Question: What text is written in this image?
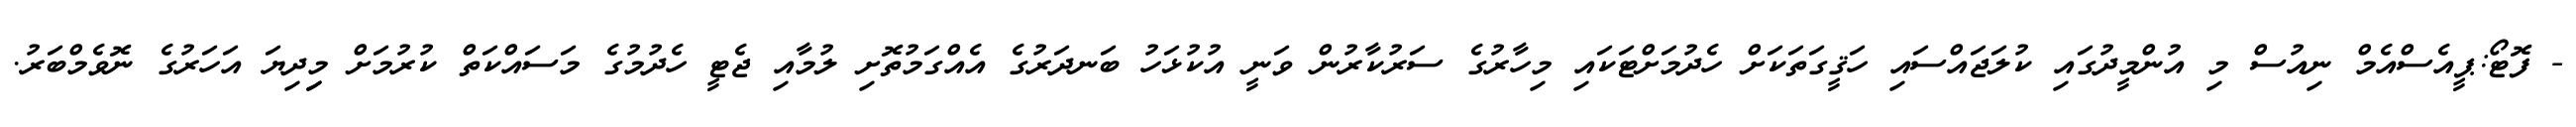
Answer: - ފޮޓޯ:ޕީއެސްއެމް ނިއުސް މި އުންމީދުގައި ކުލަޖައްސައި ހަޤީގަތަކަށް ހެދުމަށްޓަކައި މިހާރުގެ ސަރުކާރުން ވަނީ އުކުޅަހު ބަނދަރުގެ އެއްގަމުތޮށި ލުމާއި ޖެޓީ ހެދުމުގެ މަސައްކަތް ކުރުމަށް މިިދިޔަ އަހަރުގެ ނޮވެމްބަރު.